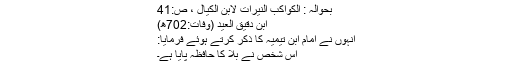
بحوالہ : الكواكب النيرات لابن الكيال ، ص:41
ابن دقیق العید (وفات:702ھ)
انہوں نے امام ابن تیمیہ کا ذکر کرتے ہوئے فرمایا:
اس شخص نے بلا کا حافظہ پایا ہے۔